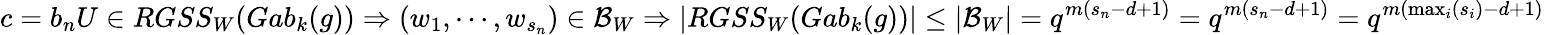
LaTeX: c=b_{n}U\in RGSS_{W}(Gab_{k}(g))\Rightarrow(w_{1},\cdots,w_{s_{n}})\in\mathcal{B}_{W}\Rightarrow|RGSS_{W}(Gab_{k}(g))|\leq|\mathcal{B}_{W}|=q^{m(s_{n}-d+1)}=q^{m(s_{n}-d+1)}=q^{m(\operatorname*{max}_{i}(s_{i})-d+1)}